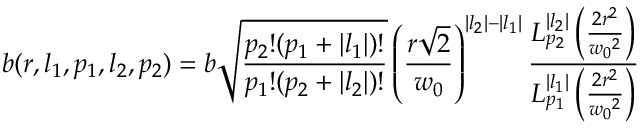
b ( r , l _ { 1 } , p _ { 1 } , l _ { 2 } , p _ { 2 } ) = b \sqrt { \frac { p _ { 2 } ! ( p _ { 1 } + | l _ { 1 } | ) ! } { p _ { 1 } ! ( p _ { 2 } + | l _ { 2 } | ) ! } } \left( \frac { r \sqrt { 2 } } { w _ { 0 } } \right) ^ { | l _ { 2 } | - | l _ { 1 } | } \frac { L _ { p _ { 2 } } ^ { | l _ { 2 } | } \left( \frac { 2 r ^ { 2 } } { { w _ { 0 } } ^ { 2 } } \right) } { L _ { p _ { 1 } } ^ { | l _ { 1 } | } \left( \frac { 2 r ^ { 2 } } { { w _ { 0 } } ^ { 2 } } \right) }